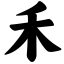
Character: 禾